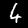
Digit: 4